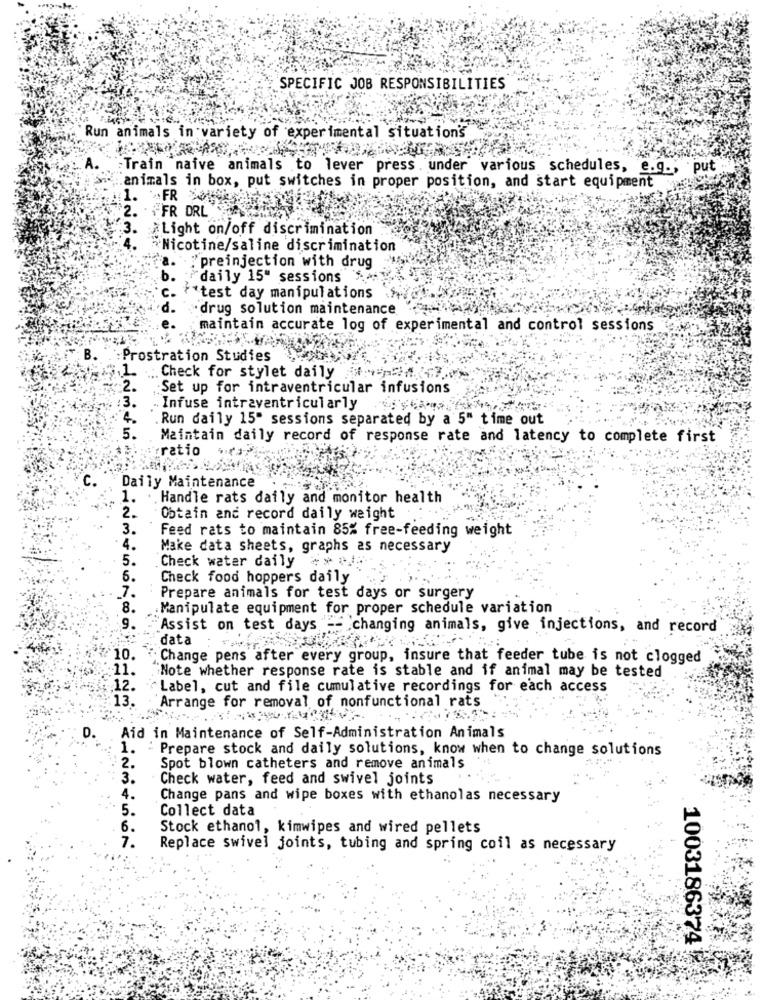
SPECIFIC JOB RESPONSIBILITIES
Run animals in variety of experimental situation's
Train naive animals to lever press . under various schedules, e.g .,
put
animals in box, put switches in proper position, and start equipment
1.
FR >
2.
"FR DRL
3.
*Light on/off discrimination
~Nicotine/saline discrimination
. : preinjection with drug
b.
"daily 15" sessions $4
F*test day manipulations
drug solution maintenance
maintain accurate log of experimental and control sessions
:Prostration Studies
. Check for stylet daily
Set up for intraventricular infusions
Infuse intraventricularly
Run daily 15" sessions separated by a 5" time out
Maintain daily record of response rate and latency to complete first
ratio
C.
Daily Maintenance
1.
.Handle rats daily and monitor health
2.
Obtain and record daily weight
3.
Feed rats to maintain 85% free-feeding weight
Make data sheets, graphs as necessary
Check water daily
Check food hoppers daily
7.
Prepare animals for test days or surgery
8.
Manipulate equipment for proper schedule variation
.9.
Assist on test days == changing animals, give injections, and record
data
10.
"Change pens after every group, insure that feeder tube is not clogged
11.
Note whether response rate is stable and if animal may be tested
12.
"Label, cut and file cumulative recordings for each access
13.
Arrange for removal of nonfunctional rats
D.
Aid in Maintenance of Self-Administration Animals
1.
: Prepare stock and daily solutions, know when to change solutions
2.
Spot blown catheters and remove animals
3.
Check water, feed and swivel joints
4.
Change pans and wipe boxes with ethanolas necessary
5.
Collect data
6.
Stock ethanol, kimwipes and wired pellets
7.
Replace swivel joints, tubing and spring coil as necessary
1003186374